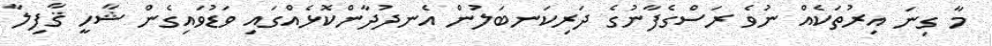
މާ ގިނަ އިރުތަކެއް ނުވެ ރަސްގެފާނުގެ ދަރިކަނބަލުން އެނދުދާންކޮޅެއްގައި ވަޑުވައިގެން ޝާހީ ޤާފިލާ